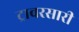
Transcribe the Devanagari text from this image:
ट्रावरसारी